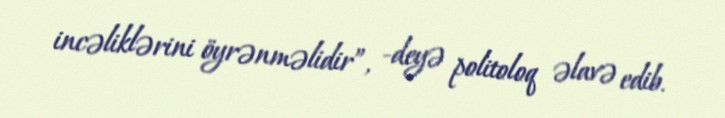
incəliklərini öyrənməlidir”, -deyə politoloq əlavə edib.